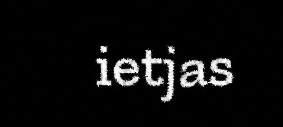
ietjas